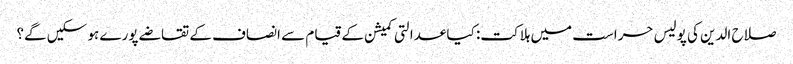
صلاح الدین کی پولیس حراست میں ہلاکت: کیا عدالتی کمیشن کے قیام سے انصاف کے تقاضے پورے ہو سکیں گے؟